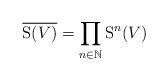
LaTeX: \begin{align*}\overline{\mathrm{S}(V)} = \prod_{n \in \mathbb{N}} \mathrm{S}^n(V)\end{align*}